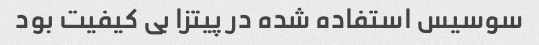
سوسیس استفاده شده در پیتزا بی کیفیت بود